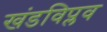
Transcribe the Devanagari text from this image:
खंडविप्लव